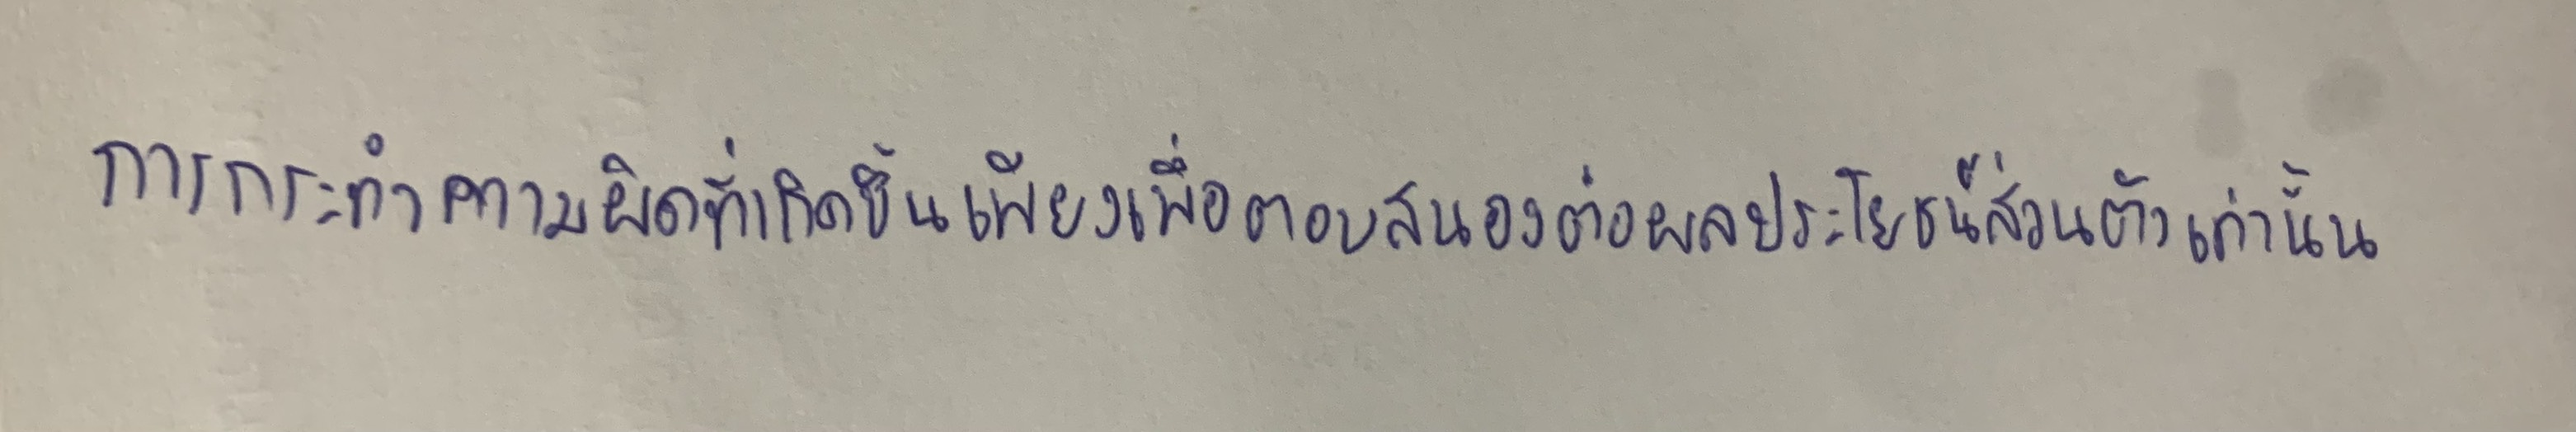
การกระทำความผิดที่เกิดขึ้นเพียงเพื่อตอบสนองต่อผลประโยชน์ส่วนตัวเท่านั้น